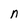
Character: n